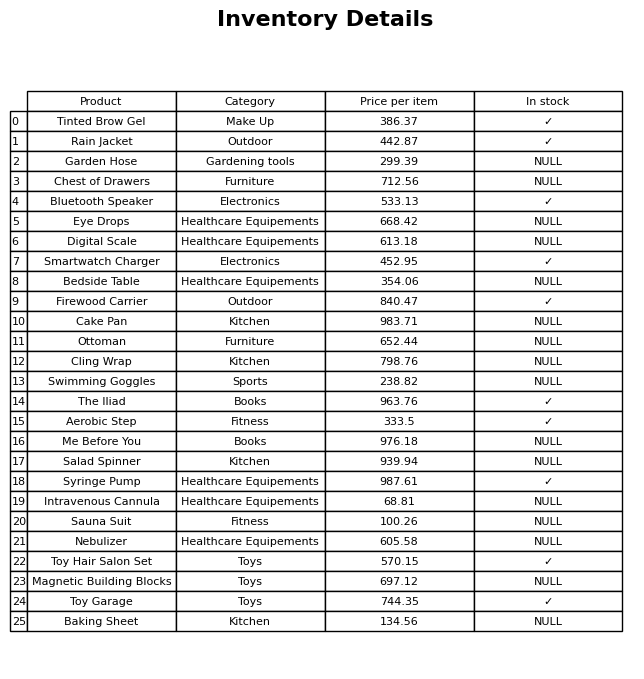
question: What is the price of the Toy Garage?
answer: The price of Toy Garage is 744.35.